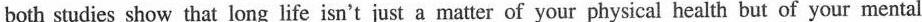
both studies show that long life isn't just a matter of your physical health but of your mental